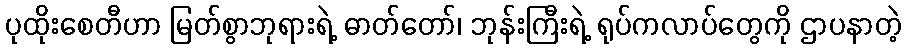
ပုထိုးစေတီဟာ မြတ်စွာဘုရားရဲ့ ဓာတ်တော်၊ ဘုန်းကြီးရဲ့ ရုပ်ကလာပ်တွေကို ဌာပနာတဲ့